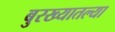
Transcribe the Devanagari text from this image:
बुरख्यातल्या